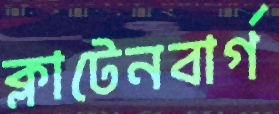
ক্লাটেনবার্গ